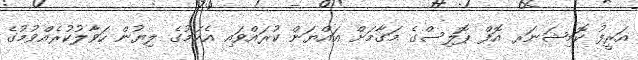
އަރީފު ކޮމިޝަނަރ އޮފް ޕޮލިސްގެ މަގާމަށް އައްޔަން ކުރައްވައި އެކަމުގެ ލިޔުން ހަވާލުކުރެއްވުމުގެ